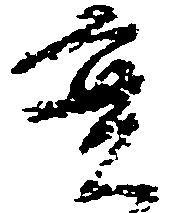
実